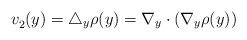
LaTeX: \begin{align*}v_{2}^{{}}(y)=\bigtriangleup _{y}\rho (y)=\nabla _{y}\cdot \left( \nabla_{y}\rho (y)\right) \end{align*}